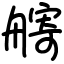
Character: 𦪌